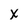
Character: X